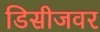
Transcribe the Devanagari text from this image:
डिसीजवर